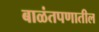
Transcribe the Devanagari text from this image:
बाळंतपणातील